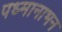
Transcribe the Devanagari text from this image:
पध्मानाभन